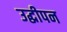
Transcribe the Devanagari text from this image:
उद्धीपन